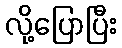
လို့ပြောပြီး